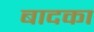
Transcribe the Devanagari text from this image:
बादका